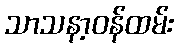
သာသနာ့ဝန်ထမ်း